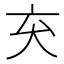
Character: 𫝅